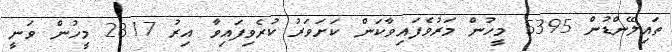
ތައިލޭންޑުން 5395 މީހުން މަރުވެފައިވާކަން ކަށަވަރު ކުރެވިފައިވާ އިރު 2817 މީހުން ވަނީ